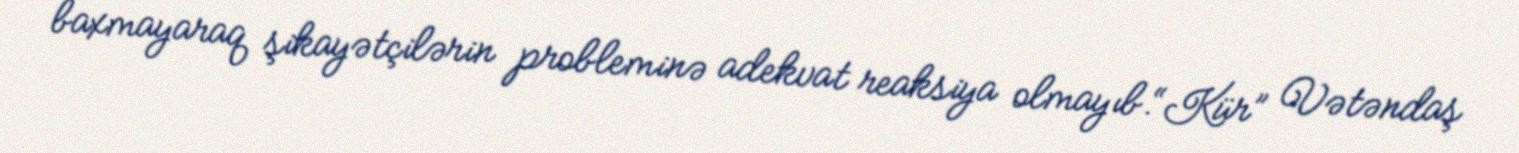
baxmayaraq şikayətçilərin probleminə adekvat reaksiya olmayıb.“Kür” Vətəndaş